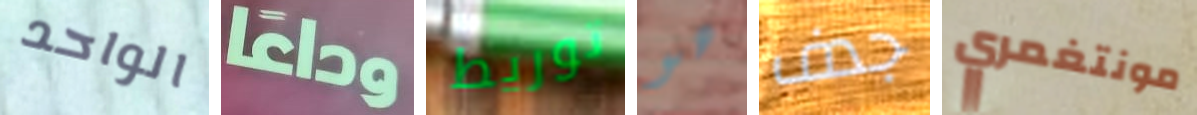
الواحد وداعا توريط هو جدف مونتغمري